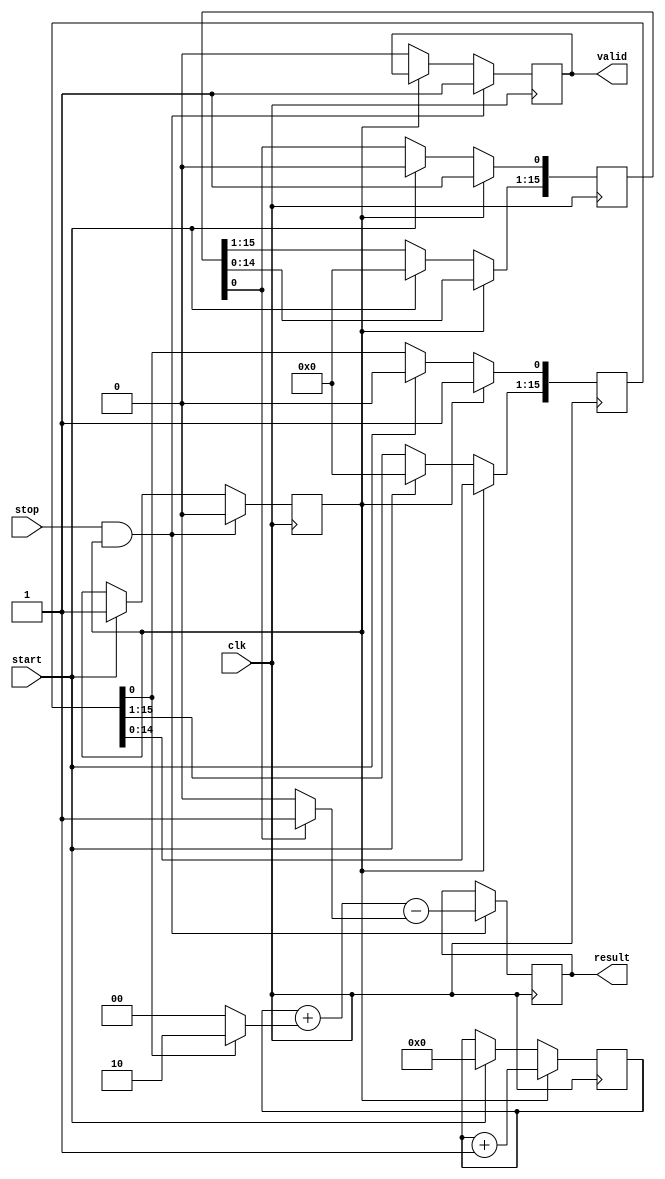
module TDC_Vernier_Delay_Line (
    input wire clk,            // System clock
    input wire start,          // Start signal
    input wire stop,           // Stop signal
    output reg [15:0] result,  // Output time measurement
    output reg valid           // Output valid signal
);

    // Parameters for delay lines
    parameter DELAY_STAGES = 16; // Number of delay stages
    parameter DELAY_A = 2;        // Delay per stage for Delay Line A (in clock cycles)
    parameter DELAY_B = 1;        // Delay per stage for Delay Line B (in clock cycles)

    // Delay line registers
    reg [DELAY_STAGES-1:0] delay_line_a;
    reg [DELAY_STAGES-1:0] delay_line_b;
    reg [15:0] counter;          // Counter for clock cycles
    reg measuring;               // Flag for measuring state

    // Reset and Initialization
    initial begin
        result = 0;
        valid = 0;
        counter = 0;
        measuring = 0;
        delay_line_a = 0;
        delay_line_b = 0;
    end

    // Main TDC logic
    always @(posedge clk) begin
        if (start) begin
            // Start measuring
            measuring <= 1;
            counter <= 0;
            delay_line_a <= 0;
            delay_line_b <= 0;
        end
        
        if (measuring) begin
            // Increment counter
            counter <= counter + 1;

            // Update delay lines
            delay_line_a <= {delay_line_a[DELAY_STAGES-2:0], 1'b1}; // Shift in for Delay Line A
            delay_line_b <= {delay_line_b[DELAY_STAGES-2:0], 1'b1}; // Shift in for Delay Line B
            
            // Implementing the Vernier effect by adjusting the delays
            // (This is a simple representation; actual delay implementation will depend on hardware)
            if (counter % DELAY_A == 0) begin
                delay_line_a[0] <= 1'b1; // Activate Delay Line A
            end
            
            if (counter % DELAY_B == 0) begin
                delay_line_b[0] <= 1'b1; // Activate Delay Line B
            end
        end
        
        if (stop && measuring) begin
            // Stop measuring and latch results
            measuring <= 0;
            valid <= 1;

            // Calculate the result based on the delay lines and counter
            result <= counter + (delay_line_a[0] ? DELAY_A : 0) - (delay_line_b[0] ? DELAY_B : 0);
        end else if (!measuring) begin
            valid <= 0; // Reset valid signal if not measuring
        end
    end

endmodule